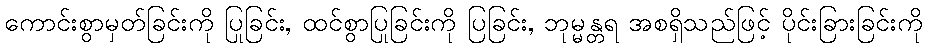
ကောင်းစွာမှတ်ခြင်းကို ပြုခြင်း, ထင်စွာပြုခြင်းကို ပြခြင်း, ဘုမ္မန္တရ အစရှိသည်ဖြင့် ပိုင်းခြားခြင်းကို